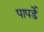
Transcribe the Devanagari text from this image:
पापर्डे